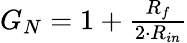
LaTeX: \begin{array}{r}{G_{N}=1+\frac{R_{f}}{2\cdot R_{in}}}\end{array}